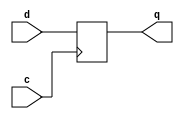
module reg_8_bit (c, d, q);
input c;
input [7:0] d;
output [7:0] q;
reg  [7:0] q;
always @ (posedge c) q = d;
endmodule